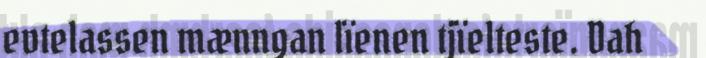
evtelassen mænngan lïenen tjïelteste. Dah